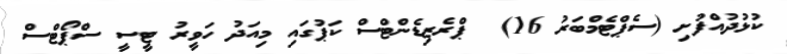
ކުޅުދުއްފުށި (ސެޕްޓެމްބަރު 16)  ޕްރެޒިޑެންޓްސް ކަޕުގައި މިއަދު ހަވީރު ޓީސީ ސްޕޯޓްސް